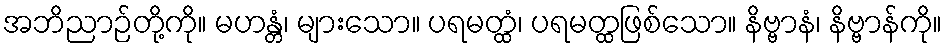
အဘိညာဉ်တို့ကို။ မဟန္တံ၊ များသော။ ပရမတ္ထံ၊ ပရမတ္ထဖြစ်သော။ နိဗ္ဗာနံ၊ နိဗ္ဗာန်ကို။